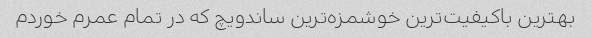
بهترین باکیفیت‌ترین خوشمزه‌ترین ساندویچ که در تمام عمرم خوردم